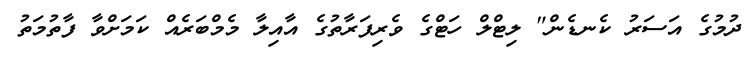
ދުމުގެ އަސަރު ކެނޑެން" ލިޓްލް ހަޓްގެ ވެރިފަރާތުގެ އާއިލާ މެމްބަރެއް ކަމަށްވާ ފާތުމަތު